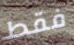
فقط